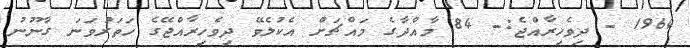
1964 - ދިވެހިރާއްޖެ:- 84 މާއްދާގެ މައްޗަށް އެކުލެވޭ ދިވެހިރާއްޖޭގެ ހަތަރުވަނަ ގާނޫނު